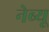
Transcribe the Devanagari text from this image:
नेब्यू